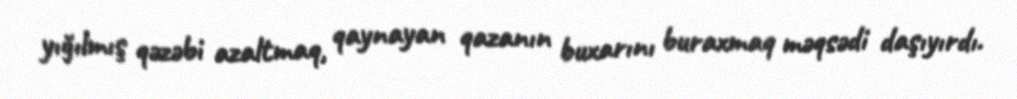
yığılmış qəzəbi azaltmaq, qaynayan qazanın buxarını buraxmaq məqsədi daşıyırdı.